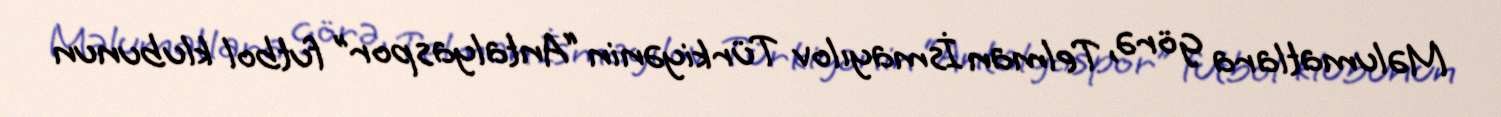
Məlumatlara görə, Telman İsmayılov Türkiyənin “Antalyaspor” futbol klubunun